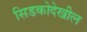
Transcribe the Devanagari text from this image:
सिडकोदेखील